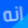
انه